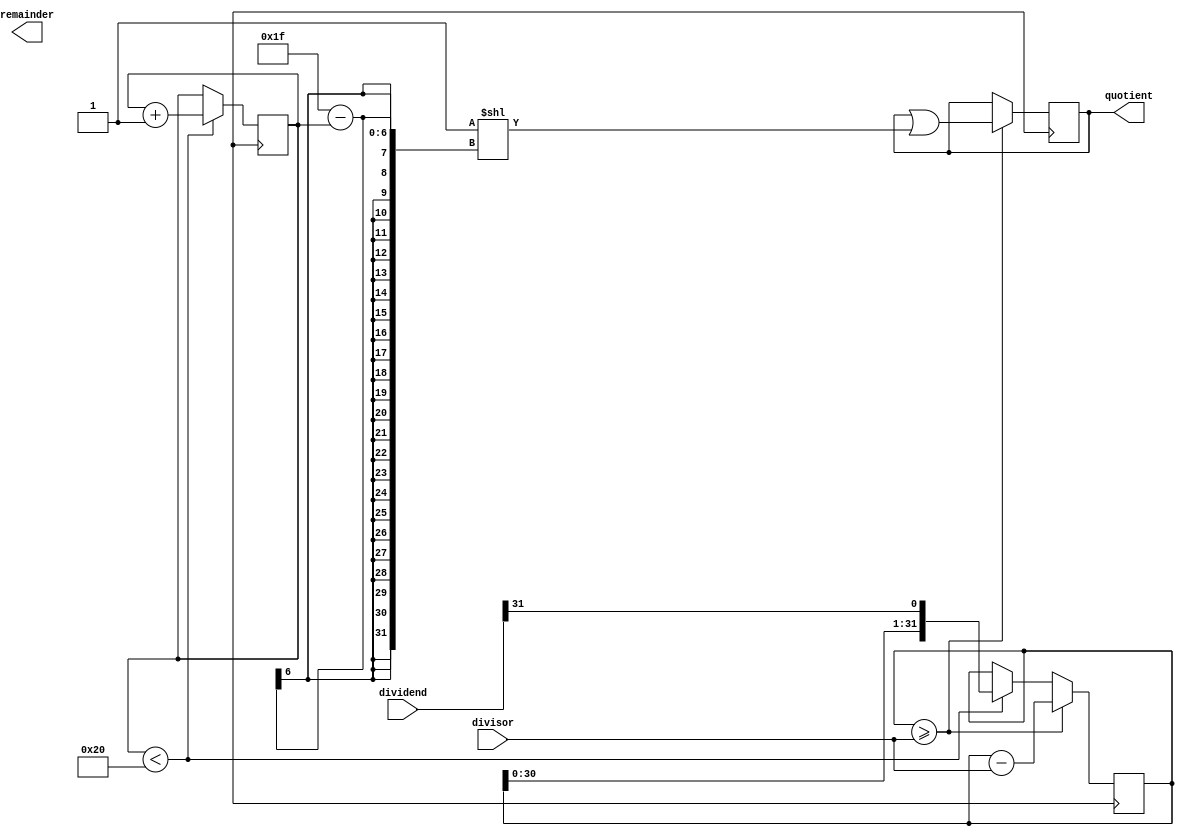
module shift_and_subtract_divider (
    input [31:0] dividend,
    input [31:0] divisor,
    output [31:0] quotient,
    output [31:0] remainder
);

reg [31:0] partial_remainder;
reg [5:0] shift_count;

always @ (posedge clk) begin
    if (shift_count < 32) begin
        partial_remainder <= {partial_remainder[30:0], dividend[31]};
        shift_count <= shift_count + 1;
    end
    
    if (partial_remainder >= divisor) begin
        partial_remainder <= partial_remainder - divisor;
        quotient <= quotient | (1 << (31 - shift_count));
    end
end

endmodule